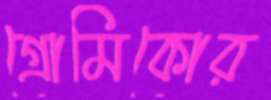
গ্রোমিকোর